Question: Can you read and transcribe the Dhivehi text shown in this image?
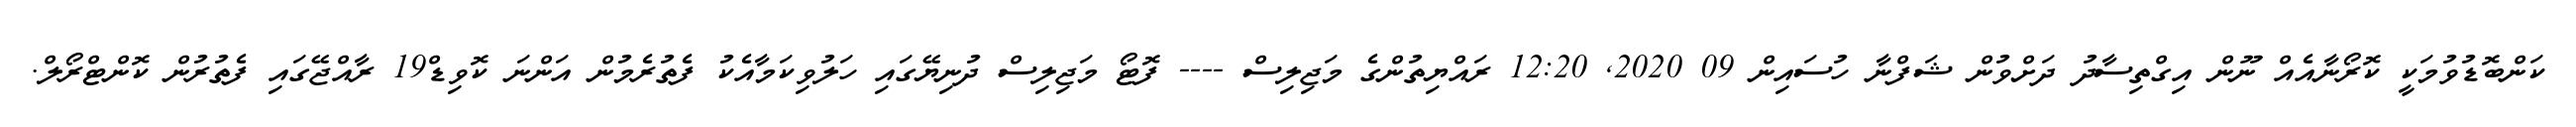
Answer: ކަންބޮޑުވުމަކީ ކޮރޯނާއެއް ނޫން އިގްތިސާދު ދަށްވުން ޝަފްނާ ހުސައިން 09 2020, 12:20 ރައްޔިތުންގެ މަޖިލިސް ---- ފޮޓޯ މަޖިލިސް ދުނިޔޭގައި ހަލުވިކަމާއެކު ފެތުރެމުން އަންނަ ކޮވިޑް19 ރާއްޖޭގައި ފެތުރުން ކޮންޓްރޯލް.